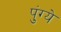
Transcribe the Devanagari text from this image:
पुंग्ये